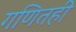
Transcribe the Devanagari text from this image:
गणितही